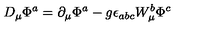
D _ { \mu } \Phi ^ { a } = \partial _ { \mu } \Phi ^ { a } - g \epsilon _ { a b c } W _ { \mu } ^ { b } \Phi ^ { c }